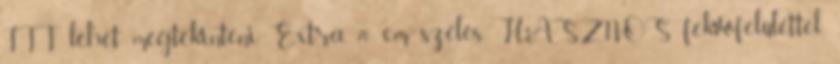
ITT lehet megtekinteni Extra, 70 cm széles HASZNOS fekvőfelülettel